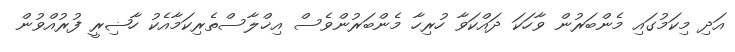
އަދި މިކަމުގައި މެންބަރުން ވާހަކަ ދައްކަވާ ހުރިހާ މެންބަރުންވެސް އިޚްލާސްތެރިކަމާއެކު ހާޟިރީ ފުރުއްވުން